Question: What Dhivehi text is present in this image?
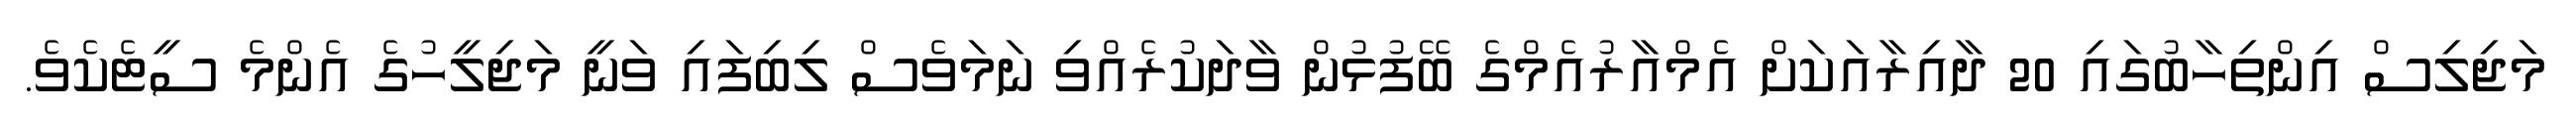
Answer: މަޖިލިސް އިންތިހާބުގައި 20 ދާއިރާއަކަށް އެމްއާރުއެމްގެ ބޭފުޅުން ވާދަކުރެއްވި ނަމަވެސް ލިބިފައި ވަނީ މަޖިލީހުގެ އެންމެ ސީޓެކެވެ.